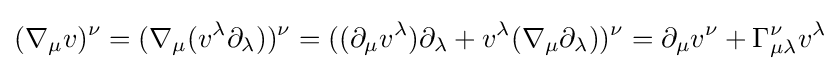
(\nabla _{\mu }v)^{\nu }=(\nabla _{\mu }(v^{\lambda }\partial _{\lambda }))^{\nu }=((\partial _{\mu }v^{\lambda })\partial _{\lambda }+v^{\lambda }(\nabla _{\mu }\partial _{\lambda }))^{\nu }=\partial _{\mu }v^{\nu }+\Gamma _{\mu \lambda }^{\nu }v^{\lambda }